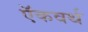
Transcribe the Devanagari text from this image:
ऍकवर्थ